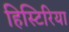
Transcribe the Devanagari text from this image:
हिस्टिरिया